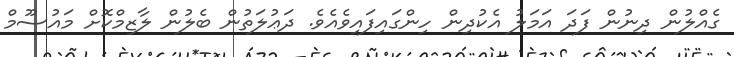
ގެއްލުން ދިނުން ފަދަ އަމަލު އެކުދިން ހިންގައިފައިވެއެވެ. ދަޢުލަތުން ބެލުން ލާޒިމްކޮށް މައުސޫމް